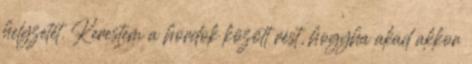
helyzetét. Kerestem a hordok között rést, hogyha akad akkor